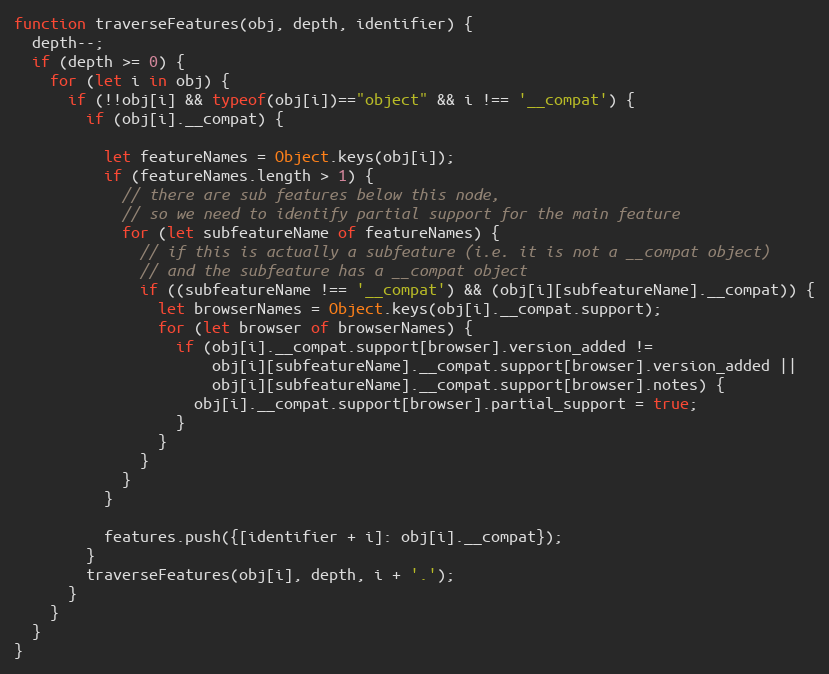
Language: JavaScript
function traverseFeatures(obj, depth, identifier) {
  depth--;
  if (depth >= 0) {
    for (let i in obj) {
      if (!!obj[i] && typeof(obj[i])=="object" && i !== '__compat') {
        if (obj[i].__compat) {

          let featureNames = Object.keys(obj[i]);
          if (featureNames.length > 1) {
            // there are sub features below this node,
            // so we need to identify partial support for the main feature
            for (let subfeatureName of featureNames) {
              // if this is actually a subfeature (i.e. it is not a __compat object)
              // and the subfeature has a __compat object
              if ((subfeatureName !== '__compat') && (obj[i][subfeatureName].__compat)) {
                let browserNames = Object.keys(obj[i].__compat.support);
                for (let browser of browserNames) {
                  if (obj[i].__compat.support[browser].version_added !=
                      obj[i][subfeatureName].__compat.support[browser].version_added ||
                      obj[i][subfeatureName].__compat.support[browser].notes) {
                    obj[i].__compat.support[browser].partial_support = true;
                  }
                }
              }
            }
          }

          features.push({[identifier + i]: obj[i].__compat});
        }
        traverseFeatures(obj[i], depth, i + '.');
      }
    }
  }
}